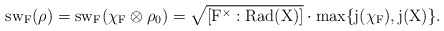
\begin{align*} \rm{sw}_F(\rho)=\rm{sw}_F(\chi_F\otimes\rho_0)=\sqrt{[F^\times:\rm{Rad}(X)]}\cdot\rm{max}\{j(\chi_F), j(X)\}.\end{align*}